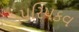
પરિપકવ